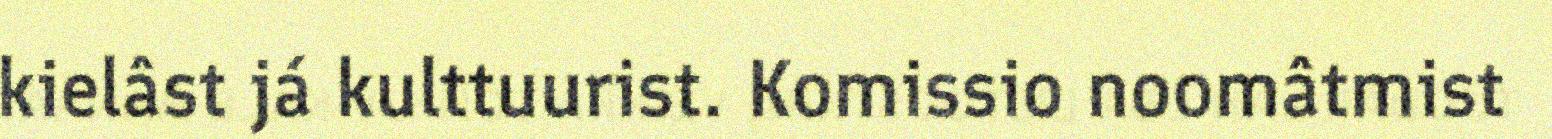
kielâst já kulttuurist. Komissio noomâtmist